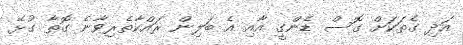
އަދި ގެތަކަށް ގޮސް ޑެންގީ އާއި އެ ބަލިން ރައްކާތެރިވާނެ ގޮތާ ގުޅޭ